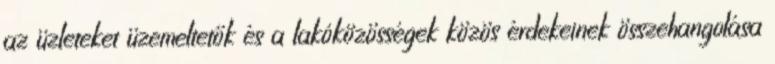
az üzleteket üzemeltetők és a lakóközösségek közös érdekeinek összehangolása